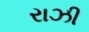
રાઝી